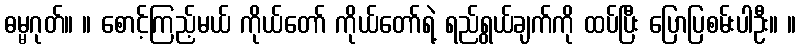
ဓမ္မဂုတ်။ ။ စောင့်ကြည့်မယ် ကိုယ်တော် ကိုယ်တော်ရဲ့ ရည်ရွယ်ချက်ကို ထပ်ပြီး ပြောပြစမ်းပါဦး။ ။